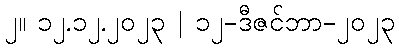
၂။ ၁၂.၁၂.၂၀၂၃ | ၁၂-ဒီဇင်ဘာ-၂၀၂၃